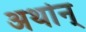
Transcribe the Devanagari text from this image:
अर्थान्